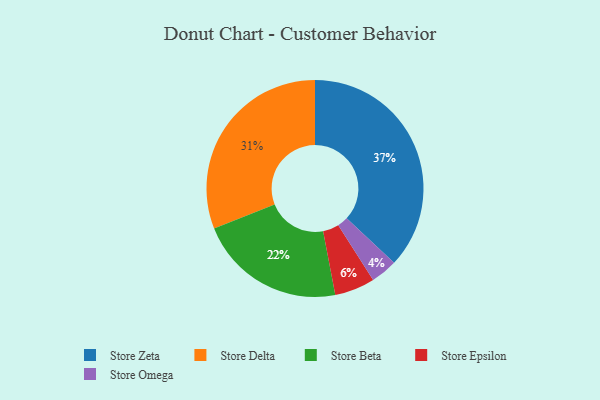
{"axis": {"x": "Category", "y": "Percentage"}, "legend": ["Store Beta", "Store Delta", "Store Epsilon", "Store Omega", "Store Zeta"], "data": [{"x": "Store Beta", "y": 22, "type": "Store Beta"}, {"x": "Store Omega", "y": 4, "type": "Store Omega"}, {"x": "Store Zeta", "y": 37, "type": "Store Zeta"}, {"x": "Store Epsilon", "y": 6, "type": "Store Epsilon"}, {"x": "Store Delta", "y": 31, "type": "Store Delta"}]}